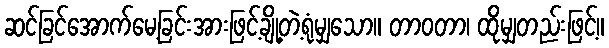
ဆင်ခြင်အောက်မေ့ခြင်းအားဖြင့်ချို့တဲ့ရုံမျှသော။ တာဝတာ၊ ထိုမျှတည်းဖြင့်။